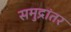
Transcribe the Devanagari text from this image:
समुद्रांतर